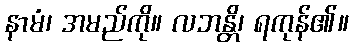
နာမံ၊ အမည်ကို။ လဘန္တိ၊ ရကုန်၏။